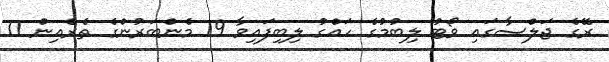
ރޭގެ ޖަލްސާގައި ވޯޓު ލިބުމުގެ ހައްގު ލިބިފައިވާ 19 މެންބަރުންގެ ތެރެއިން 11